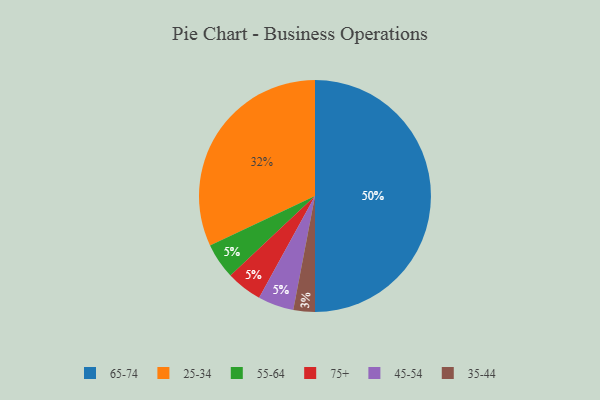
{"axis": {"x": "Category", "y": "Percentage"}, "legend": ["25-34", "35-44", "45-54", "55-64", "65-74", "75+"], "data": [{"x": "55-64", "y": 5, "type": "55-64"}, {"x": "25-34", "y": 32, "type": "25-34"}, {"x": "35-44", "y": 3, "type": "35-44"}, {"x": "75+", "y": 5, "type": "75+"}, {"x": "65-74", "y": 50, "type": "65-74"}, {"x": "45-54", "y": 5, "type": "45-54"}]}